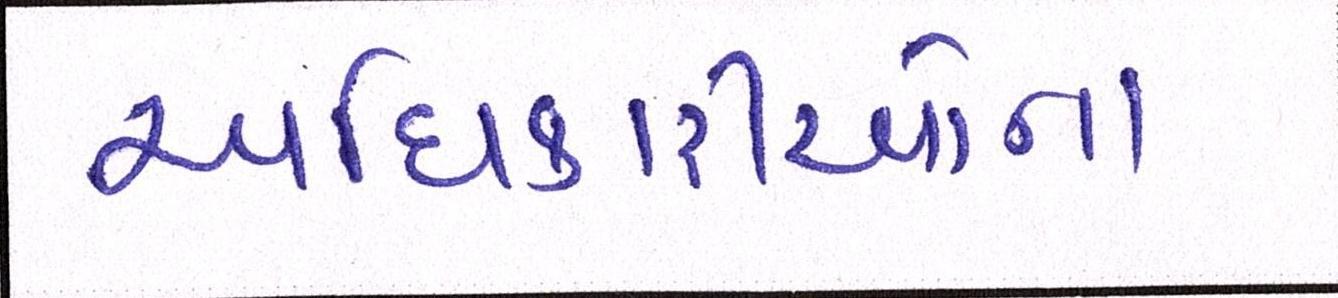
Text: અધિકારીઓના